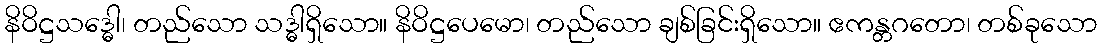
နိဝိဋ္ဌသဒ္ဓေါ၊ တည်သော သဒ္ဓါရှိသော။ နိဝိဋ္ဌပေမော၊ တည်သော ချစ်ခြင်းရှိသော။ ဧကန္တဂတော၊ တစ်ခုသော